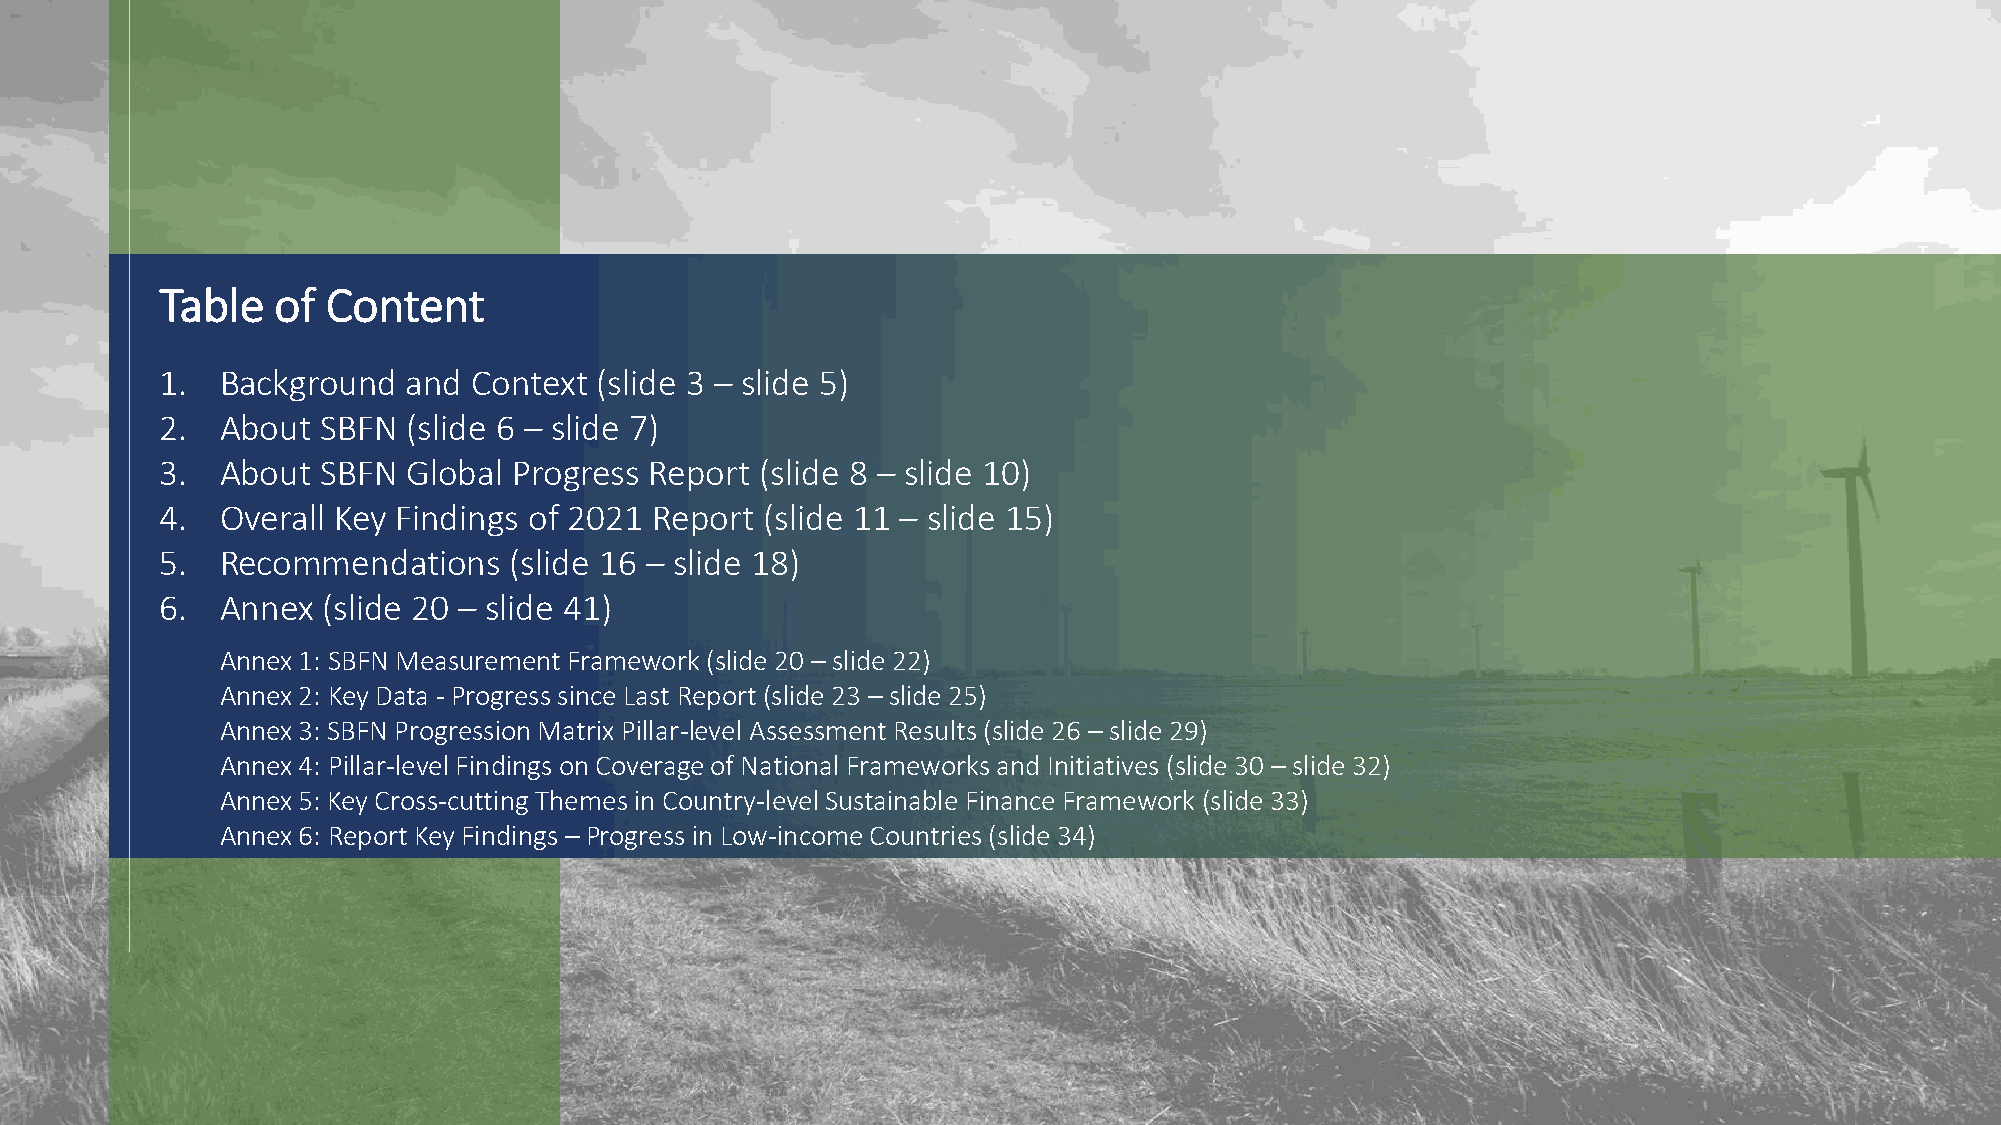
Table  of  Content
 1.  Background  and Context (slide 3 – slide 5)
 2.  About SBFN  (slide 6 – slide 7)
 3.  About SBFN  Global Progress Report (slide 8 – slide 10)
 4.  Overall Key Findings of 2021 Report (slide 11 – slide 15)
 5.  Recommendations    (slide 16 – slide 18)
 6.  Annex (slide 20 – slide 41)
 Annex 1: SBFN Measurement Framework (slide 20 – slide 22)
 Annex 2: Key Data - Progress since Last Report (slide 23 – slide 25)
 Annex 3: SBFN Progression Matrix Pillar-level Assessment Results (slide 26 – slide 29)
 Annex 4: Pillar-level Findings on Coverage of National Frameworks and Initiatives (slide 30 – slide 32)
 Annex 5: Key Cross-cutting Themes in Country-level Sustainable Finance Framework (slide 33)
 Annex 6: Report Key Findings – Progress in Low-income Countries (slide 34)
 2